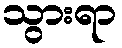
သွားရာ